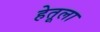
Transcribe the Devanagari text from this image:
हेतूला